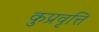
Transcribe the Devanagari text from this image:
कुप्रवृत्ति